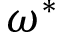
\omega ^ { * }